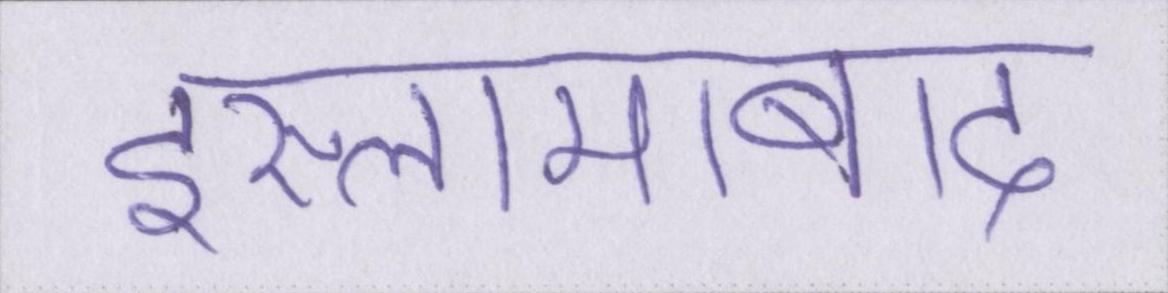
इस्लामाबाद